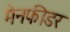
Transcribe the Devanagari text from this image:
मेनफीडर